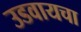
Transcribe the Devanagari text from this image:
उडवायचा